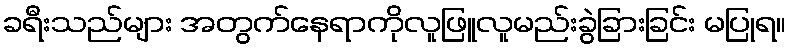
ခရီးသည်များ အတွက်နေရာကိုလူဖြူလူမည်းခွဲခြားခြင်း မပြုရ။